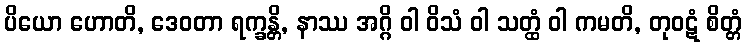
ပိယော ဟောတိ, ဒေဝတာ ရက္ခန္တိ, နာဿ အဂ္ဂိ ဝါ ဝိသံ ဝါ သတ္ထံ ဝါ ကမတိ, တုဝဋံ စိတ္တံ